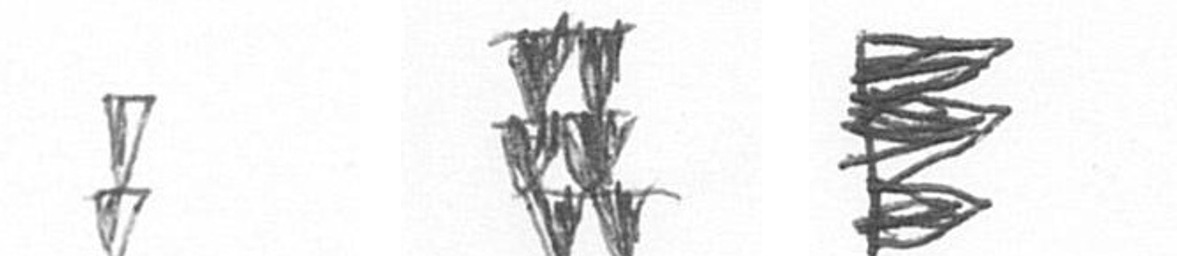
Z Y H